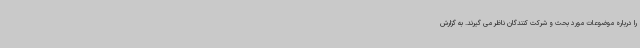
را درباره موضوعات مورد بحث و شرکت کنندگان ناظر می گیرند. به گزارش